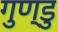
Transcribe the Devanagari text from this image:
गुण्डु